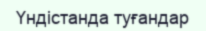
Үндістанда туғандар